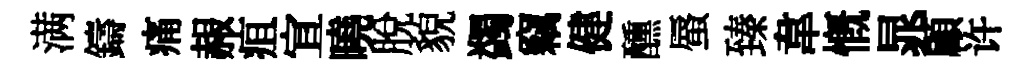
满鑄痛赧疽宣曉脱貌蠲竊健醺蜃臻韋慨晁顧许